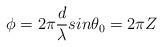
LaTeX: \begin{align*}\phi=2\pi\frac{d}{\lambda}{sin}\theta_0=2\pi Z\end{align*}